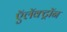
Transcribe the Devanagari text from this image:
ऍलॅक्ट्रॉन